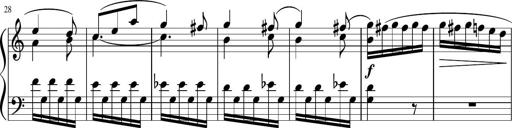
Title: 4 Sonatinas
Composer: Jacob Schmitt